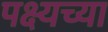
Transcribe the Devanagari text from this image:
पक्ष्यच्या